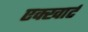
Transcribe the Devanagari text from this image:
एक्खार्ट